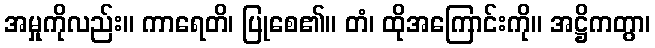
အမှုကိုလည်း။ ကာရေတိ၊ ပြုစေ၏။ တံ၊ ထိုအကြောင်းကို။ အဋ္ဌိကတွာ၊